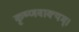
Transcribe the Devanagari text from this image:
कृष्णवाक्यम्।